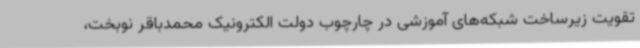
تقویت زیرساخت شبکه‌های آموزشی در چارچوب دولت الکترونیک محمدباقر نوبخت،